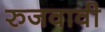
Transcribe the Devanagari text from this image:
रुजवावी